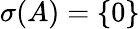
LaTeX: \sigma(A)=\{ 0\}